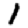
Digit: 1